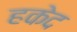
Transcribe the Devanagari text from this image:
हकेद